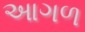
આગળ